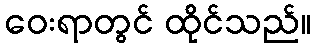
ဝေးရာတွင် ထိုင်သည်။